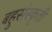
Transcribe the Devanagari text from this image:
बहुसंस्कृती